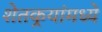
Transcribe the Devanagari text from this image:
शेतकर्‍यांमध्ये